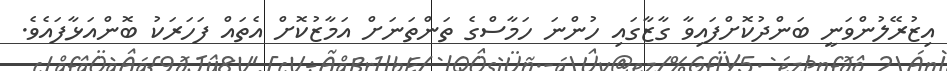
އިޒުރޭލުންވަނީ ބަންދުކޮށްފައިވާ ގާޒާގައި ހުންނަ ހަމާސްގެ ތަންތަނަށް އަމާޒުކޮށް އެތައް ފަހަރަކު ބޮންއަޅާފައެވެ.